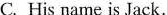
C. His name is Jack.